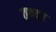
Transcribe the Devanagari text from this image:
तथ्य।